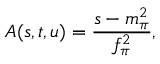
A ( s , t , u ) = { \frac { s - m _ { \pi } ^ { 2 } } { f _ { \pi } ^ { 2 } } } ,